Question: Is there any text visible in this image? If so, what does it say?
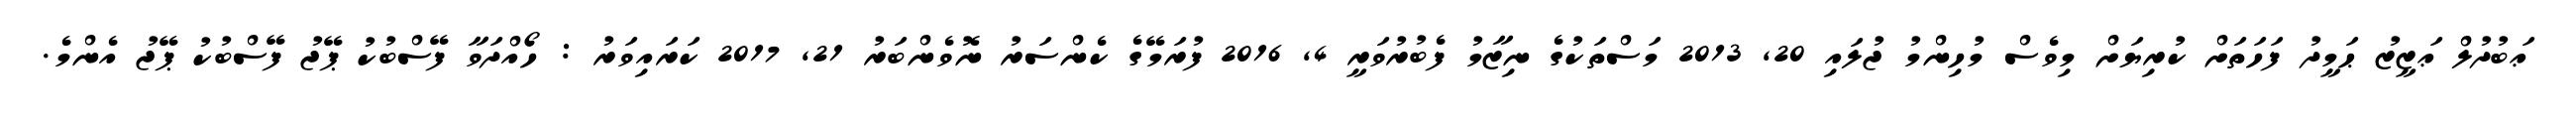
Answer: ޢަބުދުލް ޢަޒީޒު ޙަމީދު ފަހަތަށް ކުރިޔަށް މިވެސް މުހިންމު ޖުލައި 20, 2013 މަސްތަކުގެ ނިޒާމު ފެބުރުވަރީ 4, 2016 ފުރަމޭގެ ކެންސަރު ނޮވެންބަރު 21, 2017 ކަރައިވަރު : ހޯއްދަވާ ފޭސްބުކު ޕޭޖު ފޭސްބުކު ޕޭޖު އެންމެ.